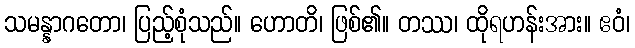
သမန္နာဂတော၊ ပြည့်စုံသည်။ ဟောတိ၊ ဖြစ်၏။ တဿ၊ ထိုရဟန်းအား။ ဧဝံ၊